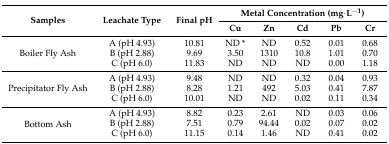
<table><thead><tr><td rowspan="2"><b>Samples</b></td><td rowspan="2"><b>Leachate Type </b></td><td rowspan="2"><b>Final pH</b></td><td colspan="5"><b>Metal Concentration (mg·L<sup>−1</sup>)</b></td></tr><tr><td><b>Cu</b></td><td><b>Zn</b></td><td><b>Cd</b></td><td><b>Pb</b></td><td><b>Cr</b></td></tr></thead><tbody><tr><td rowspan="3">Boiler Fly Ash</td><td>A (pH 4.93)</td><td>10.81</td><td>ND *</td><td>ND</td><td>0.52</td><td>0.01</td><td>0.68</td></tr><tr><td>B (pH 2.88)</td><td>9.69</td><td>3.50</td><td>1310</td><td>10.8</td><td>1.01</td><td>0.70</td></tr><tr><td>C (pH 6.0)</td><td>11.83</td><td>ND</td><td>ND</td><td>ND</td><td>0.00</td><td>1.18</td></tr><tr><td rowspan="3">Precipitator Fly Ash</td><td>A (pH 4.93)</td><td>9.48</td><td>ND</td><td>ND</td><td>0.32</td><td>0.04</td><td>0.93</td></tr><tr><td>B (pH 2.88)</td><td>8.28</td><td>1.21</td><td>492</td><td>5.03</td><td>0.41</td><td>7.87</td></tr><tr><td>C (pH 6.0)</td><td>10.01</td><td>ND</td><td>ND</td><td>0.02</td><td>0.11</td><td>0.34</td></tr><tr><td rowspan="3">Bottom Ash</td><td>A (pH 4.93)</td><td>8.82</td><td>0.23</td><td>2.61</td><td>ND</td><td>0.03</td><td>0.06</td></tr><tr><td>B (pH 2.88)</td><td>7.51</td><td>0.79</td><td>94.44</td><td>0.02</td><td>0.07</td><td>0.02</td></tr><tr><td>C (pH 6.0)</td><td>11.15</td><td>0.14</td><td>1.46</td><td>ND</td><td>0.41</td><td>0.02</td></tr></tbody></table>